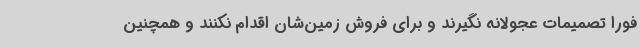
فورا تصمیمات عجولانه نگیرند و برای فروش زمین‌شان اقدام نکنند و همچنین